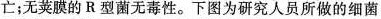
亡；无荚膜的R型菌无毒性。下图为研究人员所做的细菌